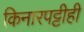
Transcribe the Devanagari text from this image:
किनारपट्टीही